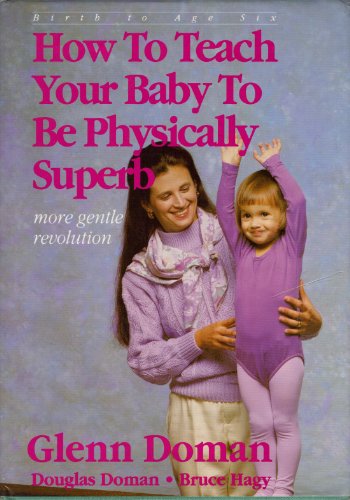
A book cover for How to Teach Your Baby to Be Physically Superb : Birth to Age Six (More Gentle Revolution); Glenn Doman; Health, Fitness & Dieting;